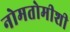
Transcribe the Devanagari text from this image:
नोमतोमीशी